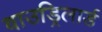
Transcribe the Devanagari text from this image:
वाउड्रिलार्ड